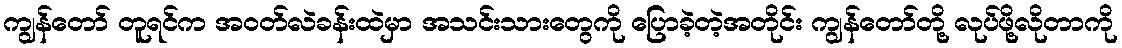
ကျွန်တော် တူရင်က အဝတ်လဲခန်းထဲမှာ အသင်းသားတွေကို ပြောခဲ့တဲ့အတိုင်း ကျွန်တော်တို့ လုပ်ဖို့လိုတာကို